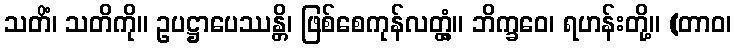
သတိံ၊ သတိကို။ ဥပဋ္ဌာပေဿန္တိ၊ ဖြစ်စေကုန်လတ္တံ့။ ဘိက္ခဝေ၊ ရဟန်းတို့။ (တာဝ၊